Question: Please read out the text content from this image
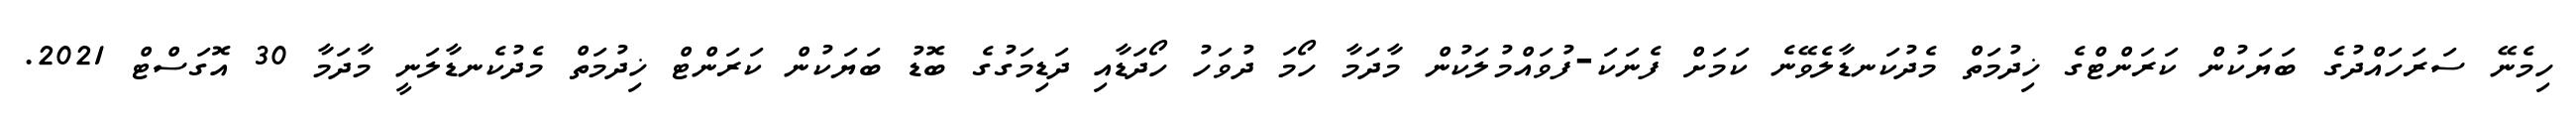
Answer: ހިމެނޭ ސަރަހައްދުގެ ބަޔަކުން ކަރަންޓްގެ ޚިދުމަތް މެދުކަނޑާލެވޭނެ ކަމަށް ފެނަކަ-ފުވައްމުލަކުން މާދަމާ ހޯމަ ދުވަހު ހޯދަޑާއި ދަޑިމަގުގެ ބޮޑު ބަޔަކުން ކަރަންޓް ޚިދުމަތް މެދުކެނޑާލަނީ މާދަމާ 30 އޮގަސްޓް 2021.